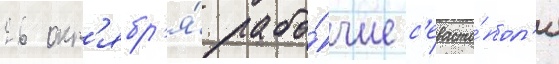
26 окт'ябр'я́ рабо́чие с'евасто́пол'я